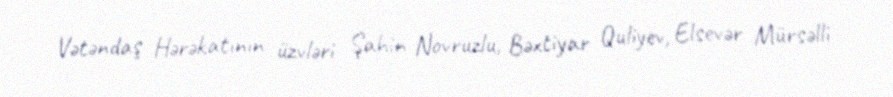
Vətəndaş Hərəkatının üzvləri Şahin Novruzlu, Bəxtiyar Quliyev, Elsevər Mürsəlli